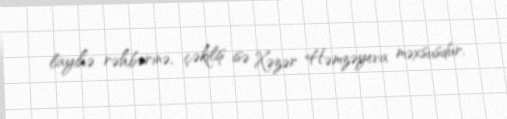
layihə rəhbərinə, çəkiliş isə Xəzər Həmzəyeva məxsusdur.